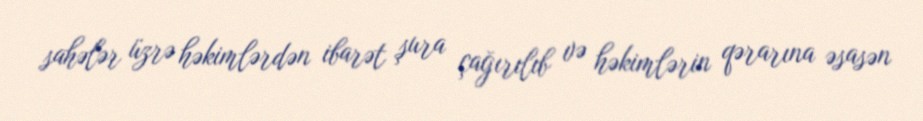
sahələr üzrə həkimlərdən ibarət şura çağırılıb və həkimlərin qərarına əsasən